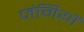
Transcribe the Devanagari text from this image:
जंगियों